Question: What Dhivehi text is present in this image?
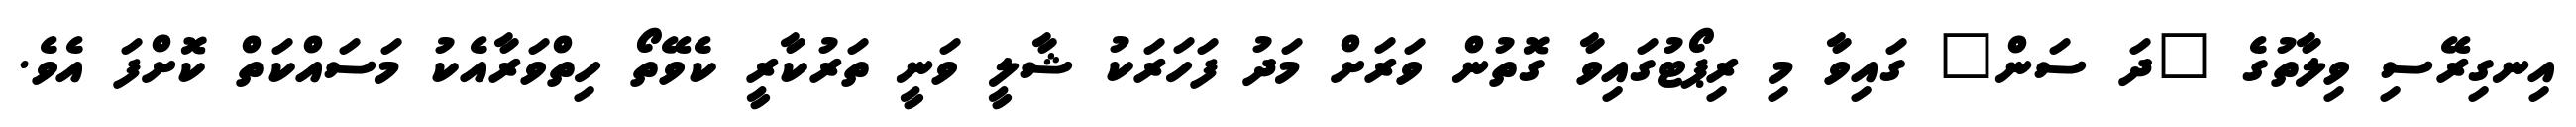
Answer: އިނގިރޭސި ވިލާތުގެ "ދަ ސަން" ގައިވާ މި ރިޕޯޓުގައިވާ ގޮތުން ވަރަށް މަދު ފަހަރަކު ޝާލީ ވަނީ ތަރުކާރީ ކެވޭތޯ ހިތްވަރާއެކު މަސައްކަތް ކޮށްފަ އެވެ.